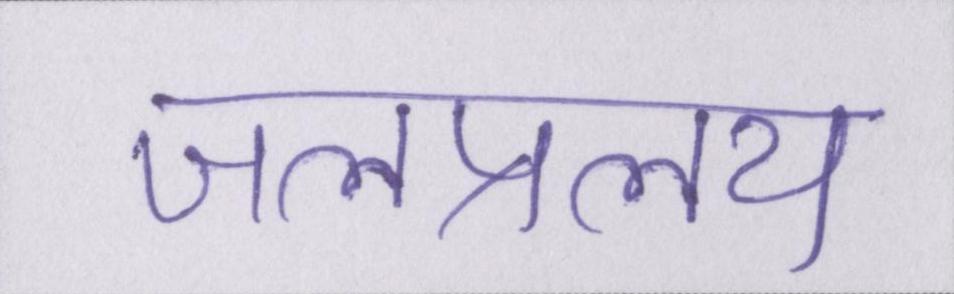
जलप्रलय